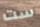
ست